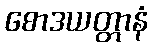
စောဒယတ္တာနံ